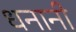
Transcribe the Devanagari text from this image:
धनानी